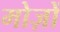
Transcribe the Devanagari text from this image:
मोज़ों